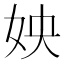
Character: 姎